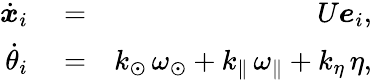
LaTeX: \begin{array}{rlr}{\dot{\boldsymbol{x}}_{i}}&{{}=}&{U\boldsymbol{e}_{i},}\\ {\dot{\theta}_{i}}&{{}=}&{k_{\odot}\, \omega_{\odot}+k_{\parallel}\, \omega_{\parallel}+k_{\eta}\, \eta,}\end{array}